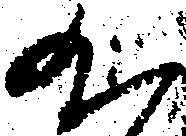
丸